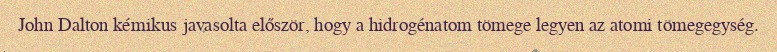
John Dalton kémikus javasolta először, hogy a hidrogénatom tömege legyen az atomi tömegegység.